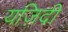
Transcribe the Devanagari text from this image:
यज़िदी